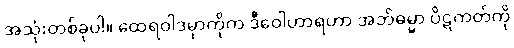
အသုံးတစ်ခုပါ။ ထေရဝါဒမှာကိုက ဒီဝေါဟာရဟာ အဘိဓမ္မာ ပိဋကတ်ကို